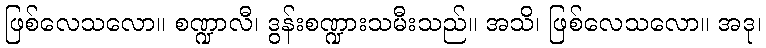
ဖြစ်လေသလော။ စဏ္ဍာလီ၊ ဒွန်းစဏ္ဍားသမီးသည်။ အသိ၊ ဖြစ်လေသလော။ အဒု၊